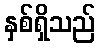
နှစ်ရှိသည်